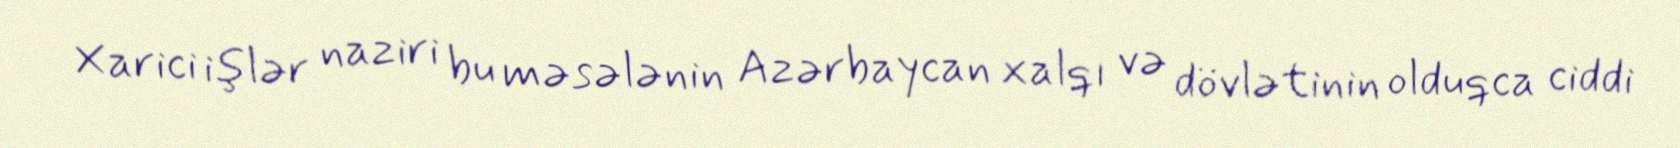
Xarici işlər naziri bu məsələnin Azərbaycan xalqı və dövlətinin olduqca ciddi